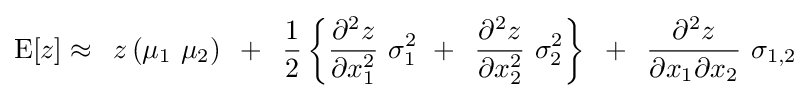
{\rm {E}}[z]\approx \,\,\,z\left({\mu _{1}\,\,\mu _{2}}\right)\,\,\,+\,\,\,{1 \over 2}\left\{{{{\partial ^{2}z} \over {\partial x_{1}^{2}}}\,\,\sigma _{1}^{2}\,\,+\,\,\,{{\partial ^{2}z} \over {\partial x_{2}^{2}}}\,\,\sigma _{2}^{2}}\right\}\,\,\,+\,\,\,{{\partial ^{2}z} \over {\partial x_{1}\partial x_{2}}}\,\,\sigma _{1,2}